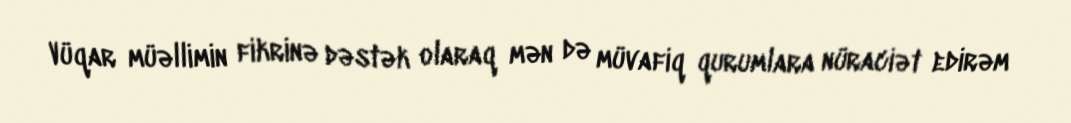
Vüqar müəllimin fikrinə dəstək olaraq mən də müvafiq qurumlara nüraciət edirəm